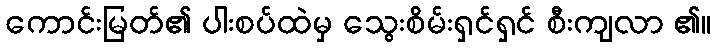
ကောင်းမြတ်၏ ပါးစပ်ထဲမှ သွေးစိမ်းရှင်ရှင် စီးကျလာ ၏။